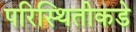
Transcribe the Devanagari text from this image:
परिस्थितीकडे